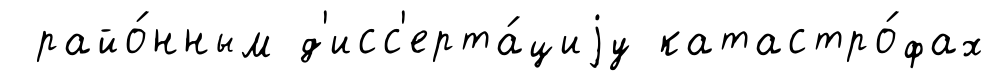
райо́нным д'исс'ерта́циjу катастро́фах